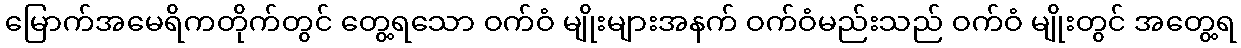
မြောက်အမေရိကတိုက်တွင် တွေ့ရသော ဝက်ဝံ မျိုးများအနက် ဝက်ဝံမည်းသည် ဝက်ဝံ မျိုးတွင် အတွေ့ရ